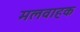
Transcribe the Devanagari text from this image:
मलवाहक